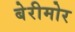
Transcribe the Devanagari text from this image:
बेरीमोर